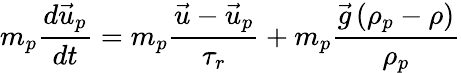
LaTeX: m_{p}\frac{d\vec{u}_{p}}{dt}=m_{p}\frac{\vec{u}-\vec{u}_{p}}{\tau_{r}}+m_{p}\frac{\vec{g}\left(\rho_{p}-\rho\right)}{\rho_{p}}